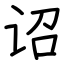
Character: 诏